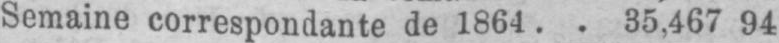
Semaine correspondante de 1864 .. 35,467 94